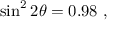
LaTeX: \sin ^ { 2 } 2 \theta = 0 . 9 8 ~ ,